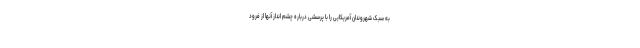
به سبک شهروندان آمریکایی را با پرسشی درباره چشم انداز آنها از فرود